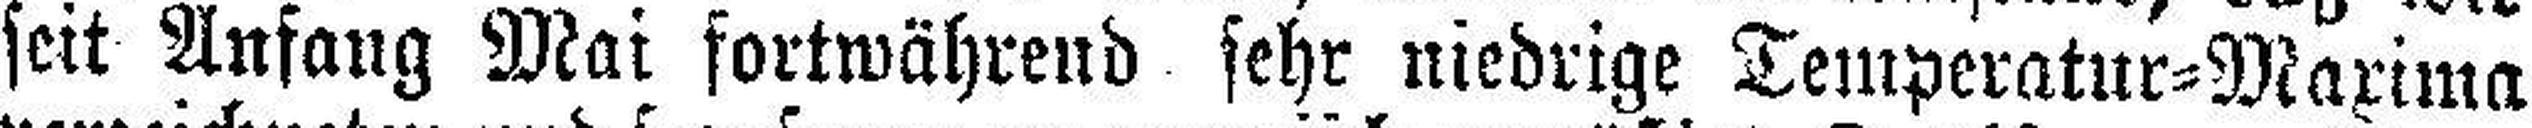
seit Anfang Mai fortwährend sehr niedrige Temperatur=Maxima